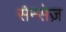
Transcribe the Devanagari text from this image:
सेन्सेज़